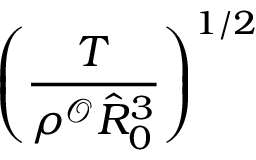
\left( \frac { T } { \rho ^ { \mathcal { O } } \hat { R } _ { 0 } ^ { 3 } } \right) ^ { 1 / 2 }